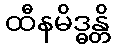
ထီနမိဒ္ဓန္တိ